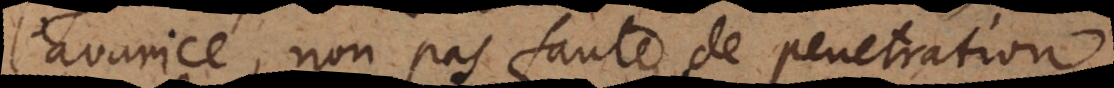
l’avarice, non pas faute de pe